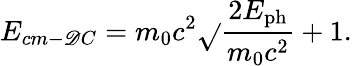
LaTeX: E_{cm-\mathscr{D}C}=m_{0}c^{2}\sqrt{}{{\frac{{2E_{\mathrm{{ph}}}}}{{m_{0}c^{2}}}+1}}.